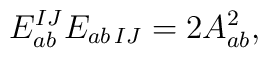
E_{ab}^{IJ} E_{ab\,IJ} = 2 A_{ab}^2,